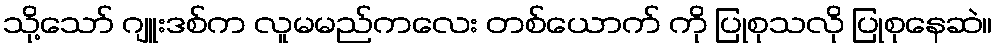
သို့သော် ဂျူးဒစ်က လူမမည်ကလေး တစ်ယောက် ကို ပြုစုသလို ပြုစုနေဆဲ။